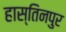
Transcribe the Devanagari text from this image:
हास्तिनपुर